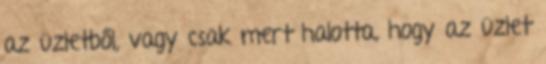
az üzletből, vagy csak mert halotta, hogy az üzlet